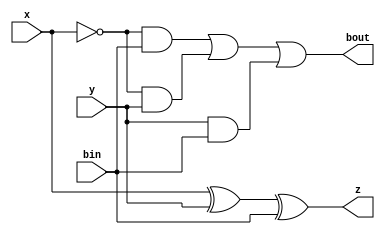
module subtractor ( x, y, bin, z, bout);
	input x;
	input y;
	input bin;
	output z;
	output bout; 
	
	//Ripple borrow subtractor logical equations
	assign z = x ^ y ^ bin;
	assign bout = (~x & bin) | (~x & y) | (y & bin);
endmodule